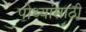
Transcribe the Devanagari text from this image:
पोथ्यांसाठी